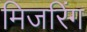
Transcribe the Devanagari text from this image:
मिजरिंग